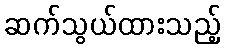
ဆက်သွယ်ထားသည့်